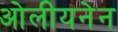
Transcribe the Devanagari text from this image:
ओलीयनेन